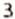
3